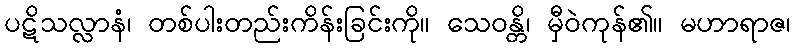
ပဋိသလ္လာနံ၊ တစ်ပါးတည်းကိန်းခြင်းကို။ သေဝန္တိ၊ မှီဝဲကုန်၏။ မဟာရာဇ၊